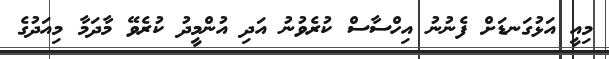
މިއީ އަޅުގަނޑަށް ފެނުނު އިހްސާސް ކުރެވުނު އަދި އުންމީދު ކުރެވޭ މާދަމާ މިއަދުގެ